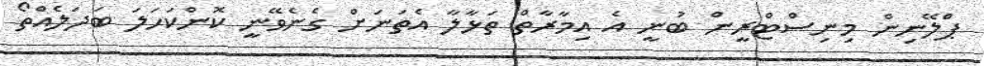
ޕްލޭނިން މިނިސްޓްރީން ބުނީ އެ އިމާރާތް ތަޅާލާ އެތަނަށް ގެނެވޭނީ ކޮންކަހަލަ ބަދަލެއްތޯ